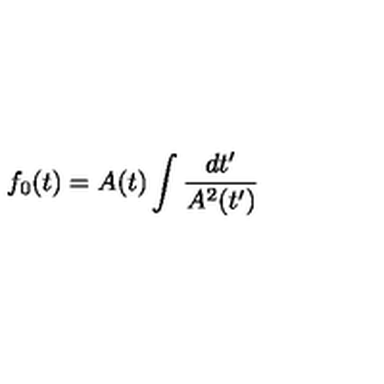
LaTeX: f _ { 0 } ( t ) = A ( t ) \int { \frac { d t ^ { \prime } } { A ^ { 2 } ( t ^ { \prime } ) } }